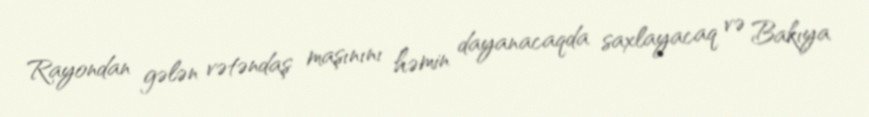
Rayondan gələn vətəndaş maşınını həmin dayanacaqda saxlayacaq və Bakıya